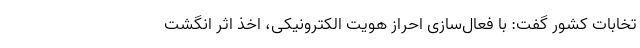
تخابات کشور گفت: با فعال‌سازی احراز هویت الکترونیکی، اخذ اثر انگشت